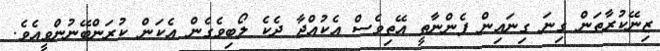
ޒިނޭކުރާތަން ގިނަ ގިނައިން ފެންނާތީ އޭތިވެސް އެކުއްޖާ ދެކެ ލޯބިވެގެން އެކަން ކުރަންބޭނުންވީއެވެ.